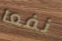
نفعا